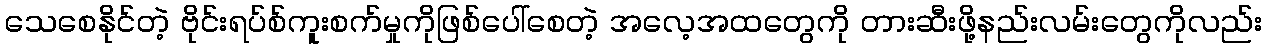
သေစေနိုင်တဲ့ ဗိုင်းရပ်စ်ကူးစက်မှုကိုဖြစ်ပေါ်စေတဲ့ အလေ့အထတွေကို တားဆီးဖို့နည်းလမ်းတွေကိုလည်း